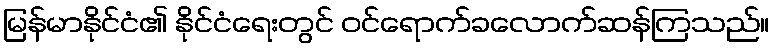
မြန်မာနိုင်ငံ၏ နိုင်ငံရေးတွင် ဝင်ရောက်ခလောက်ဆန်ကြသည်။